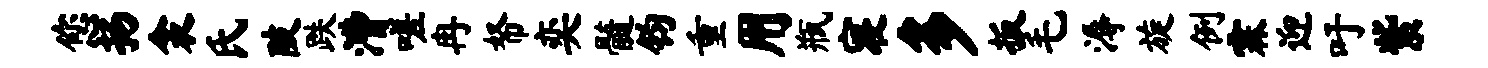
您扬衾氏陂跌漕嗟冉帑奕髓钧重用瓶寝多扳毛溽旋例霖迎吁紫